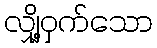
လျှို့ဝှက်သော